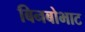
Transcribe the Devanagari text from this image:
बिनबोभाट